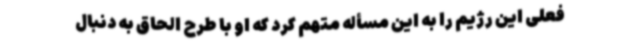
فعلی این رژیم را به این مسأله متهم کرد که او با طرح الحاق به دنبال